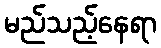
မည်သည့်နေရာ